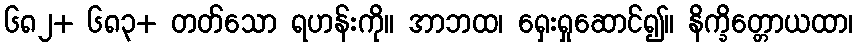
၆၈၂+ ၆၈၃+ တတ်သော ရဟန်းကို။ အာဘထ၊ ရှေးရှုဆောင်၍။ နိက္ခိတ္တောယထာ၊